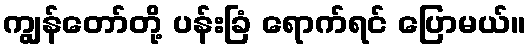
ကျွန်တော်တို့ ပန်းခြံ ရောက်ရင် ပြောမယ်။